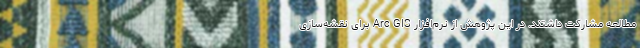
مطالعه مشارکت داشتند. در این پژوهش از نرم‌افزار Arc GIS برای نقشه‌سازی